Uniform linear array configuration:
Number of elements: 16
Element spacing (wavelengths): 0.5
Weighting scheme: cosine
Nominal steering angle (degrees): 45
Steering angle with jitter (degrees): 44.433
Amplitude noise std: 0.05
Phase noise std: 0.05

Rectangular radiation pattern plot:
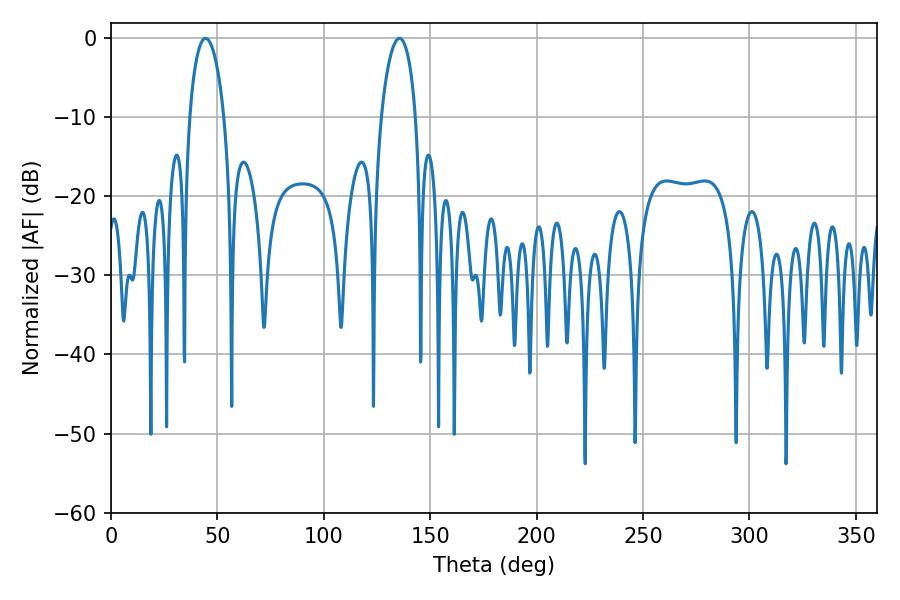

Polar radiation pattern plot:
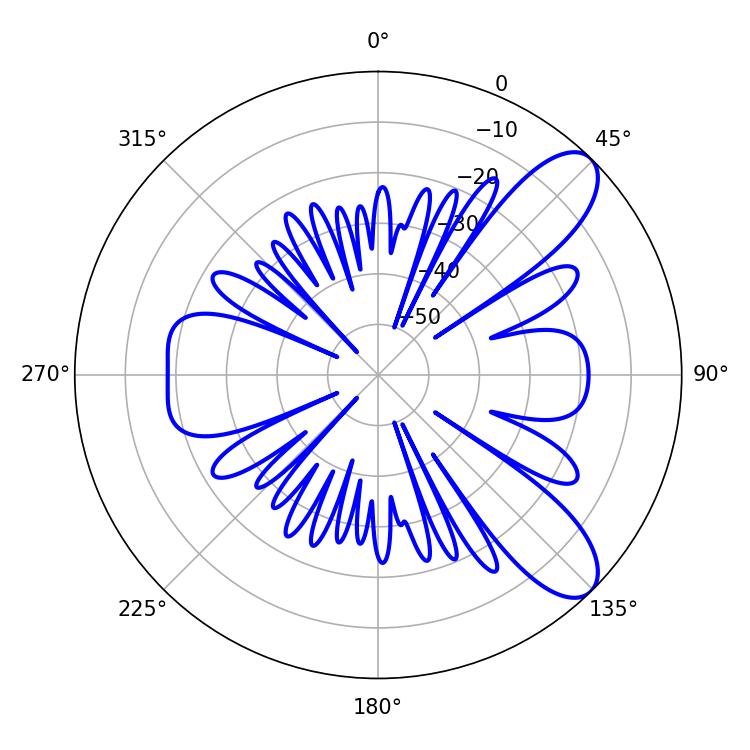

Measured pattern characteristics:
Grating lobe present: FALSE
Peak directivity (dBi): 9.199
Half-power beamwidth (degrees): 9.36
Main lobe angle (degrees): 135.54